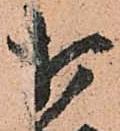
打